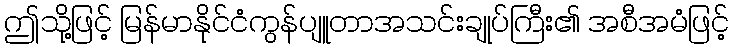
ဤသို့ဖြင့် မြန်မာနိုင်ငံကွန်ပျူတာအသင်းချုပ်ကြီး၏ အစီအမံဖြင့်